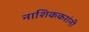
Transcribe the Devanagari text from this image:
नाशिककरांनी